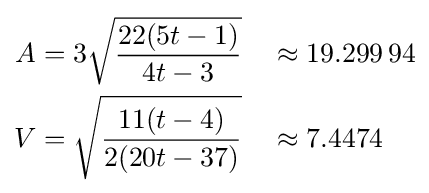
{\begin{aligned}A&=3{\sqrt {\frac {22(5t-1)}{4t-3}}}&&\approx 19.299\,94\\V&={\sqrt {\frac {11(t-4)}{2(20t-37)}}}&&\approx 7.4474\end{aligned}}